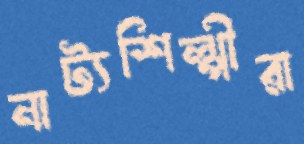
নাট্যশিল্পীরা